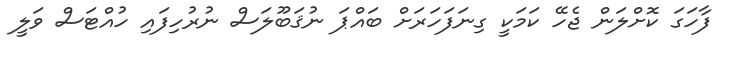
ފާހަގަ ކޮށްލަން ޖެހޭ ކަމަކީ ގިނަފަހަރަށް ބައްޕަ ނުޤަބޫލަސް ނުރުހިފައި ހުއްޓަސް ވަލީ